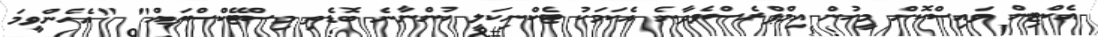
އެކްޓިން ވައިސްކޮށް މީހުން އިމްޕްރެސްވެދާނެ އެކަމަކު ޓެކްނިކަލީ ހުންނާނެ ބޮޑެތި މިސްޓޭކްސްތައް" "އެހެންވީމަ